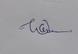
Signature authenticity: genuine